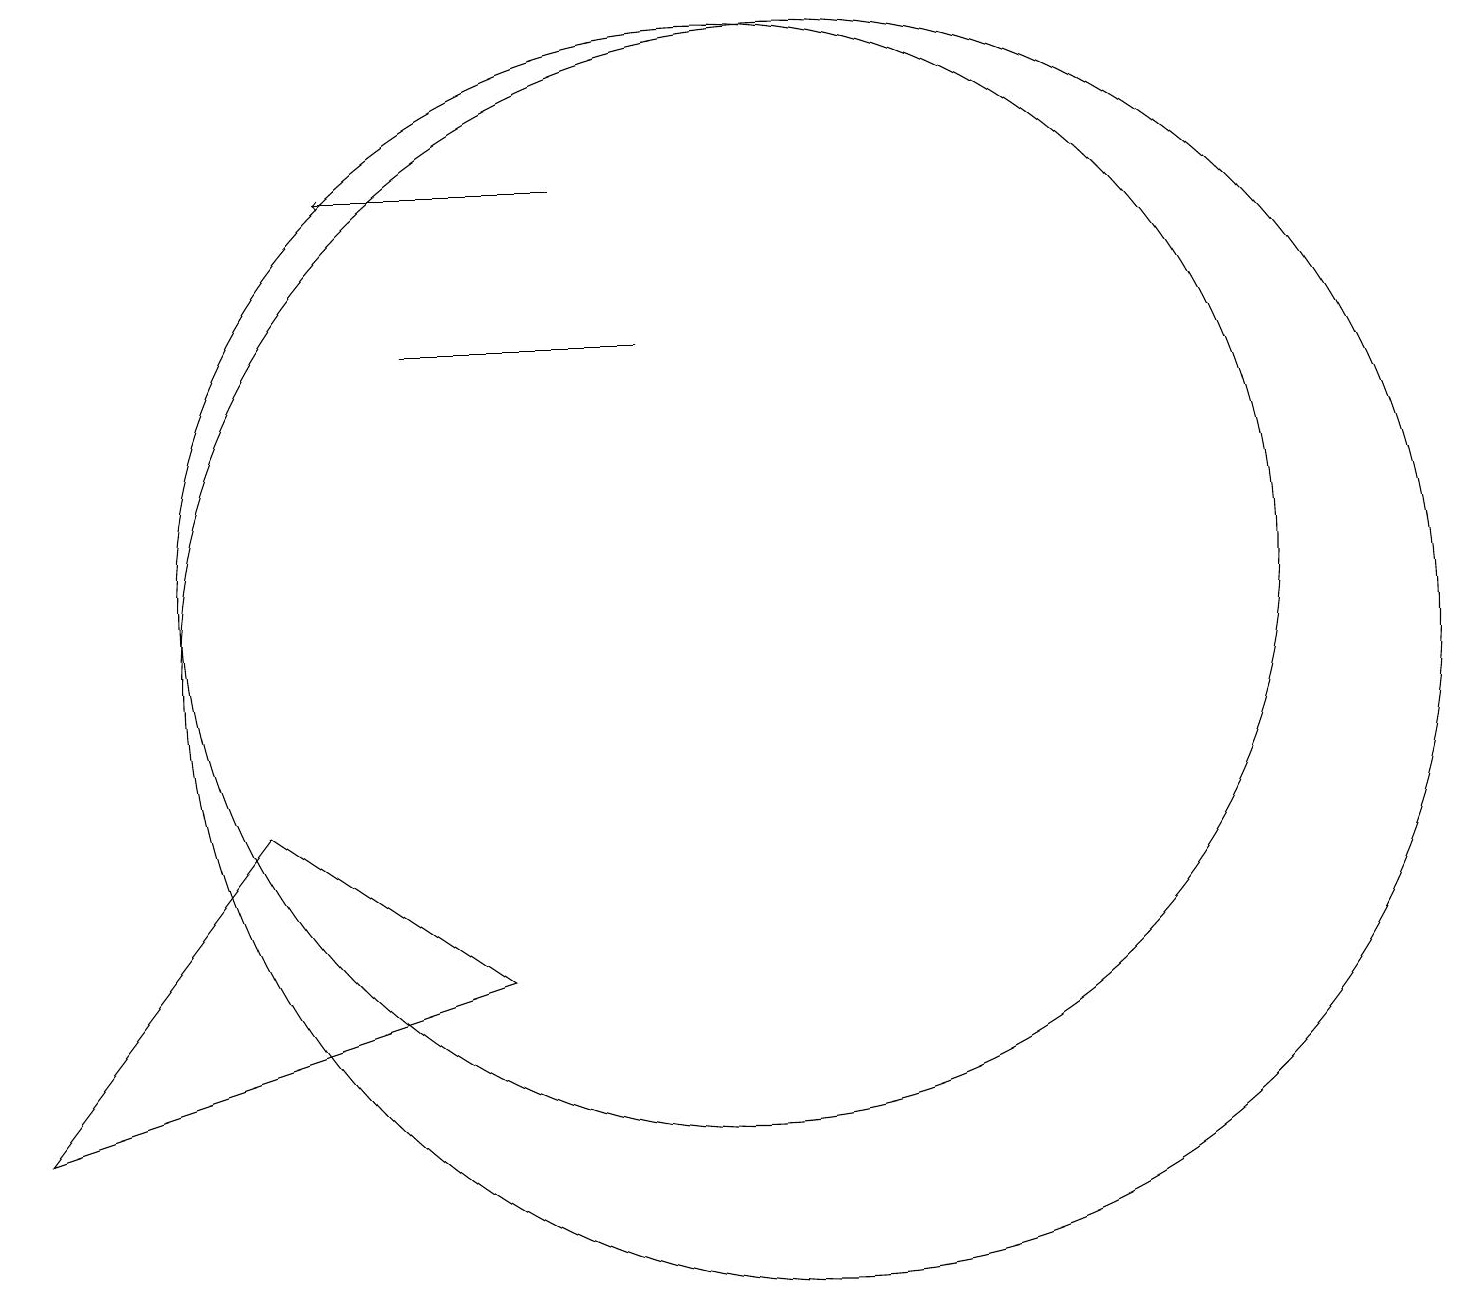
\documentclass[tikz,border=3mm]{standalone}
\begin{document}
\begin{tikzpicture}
\draw (11,10) circle (8);
\draw (9,14) rectangle (6,14);
\draw (10,11) circle (7);
\draw (7,6) -- (4,8) -- (1,4) -- cycle;
\draw[->] (8,16) -- (5,16);
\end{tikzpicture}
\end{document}